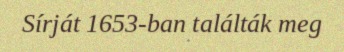
Sírját 1653-ban találták meg